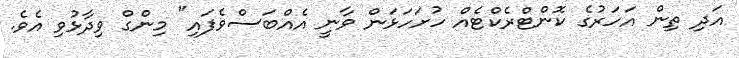
އަދި ތިން އަހަރުގެ ކޮންޓްރެކްޓެއް ހުށަހަޅަން ވާނީ އެއްބަސްވެފައި" މިންގް ވިދާޅުވި އެވެ.